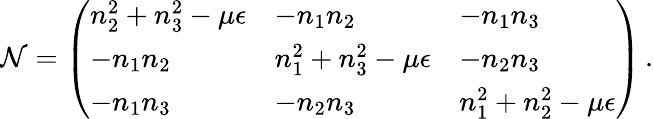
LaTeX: \mathcal{N}=\left(\begin{array}{lll}{n_{2}^{2}+n_{3}^{2}-\mu\epsilon}&{-n_{1}n_{2}}&{-n_{1}n_{3}}\\ {-n_{1}n_{2}}&{n_{1}^{2}+n_{3}^{2}-\mu\epsilon}&{-n_{2}n_{3}}\\ {-n_{1}n_{3}}&{-n_{2}n_{3}}&{n_{1}^{2}+n_{2}^{2}-\mu\epsilon}\end{array}\right)\, .